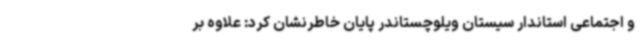
و اجتماعی استاندار سیستان ویلوچستاندر پایان خاطرنشان کرد: علاوه بر